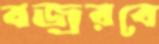
বজ্ররবে